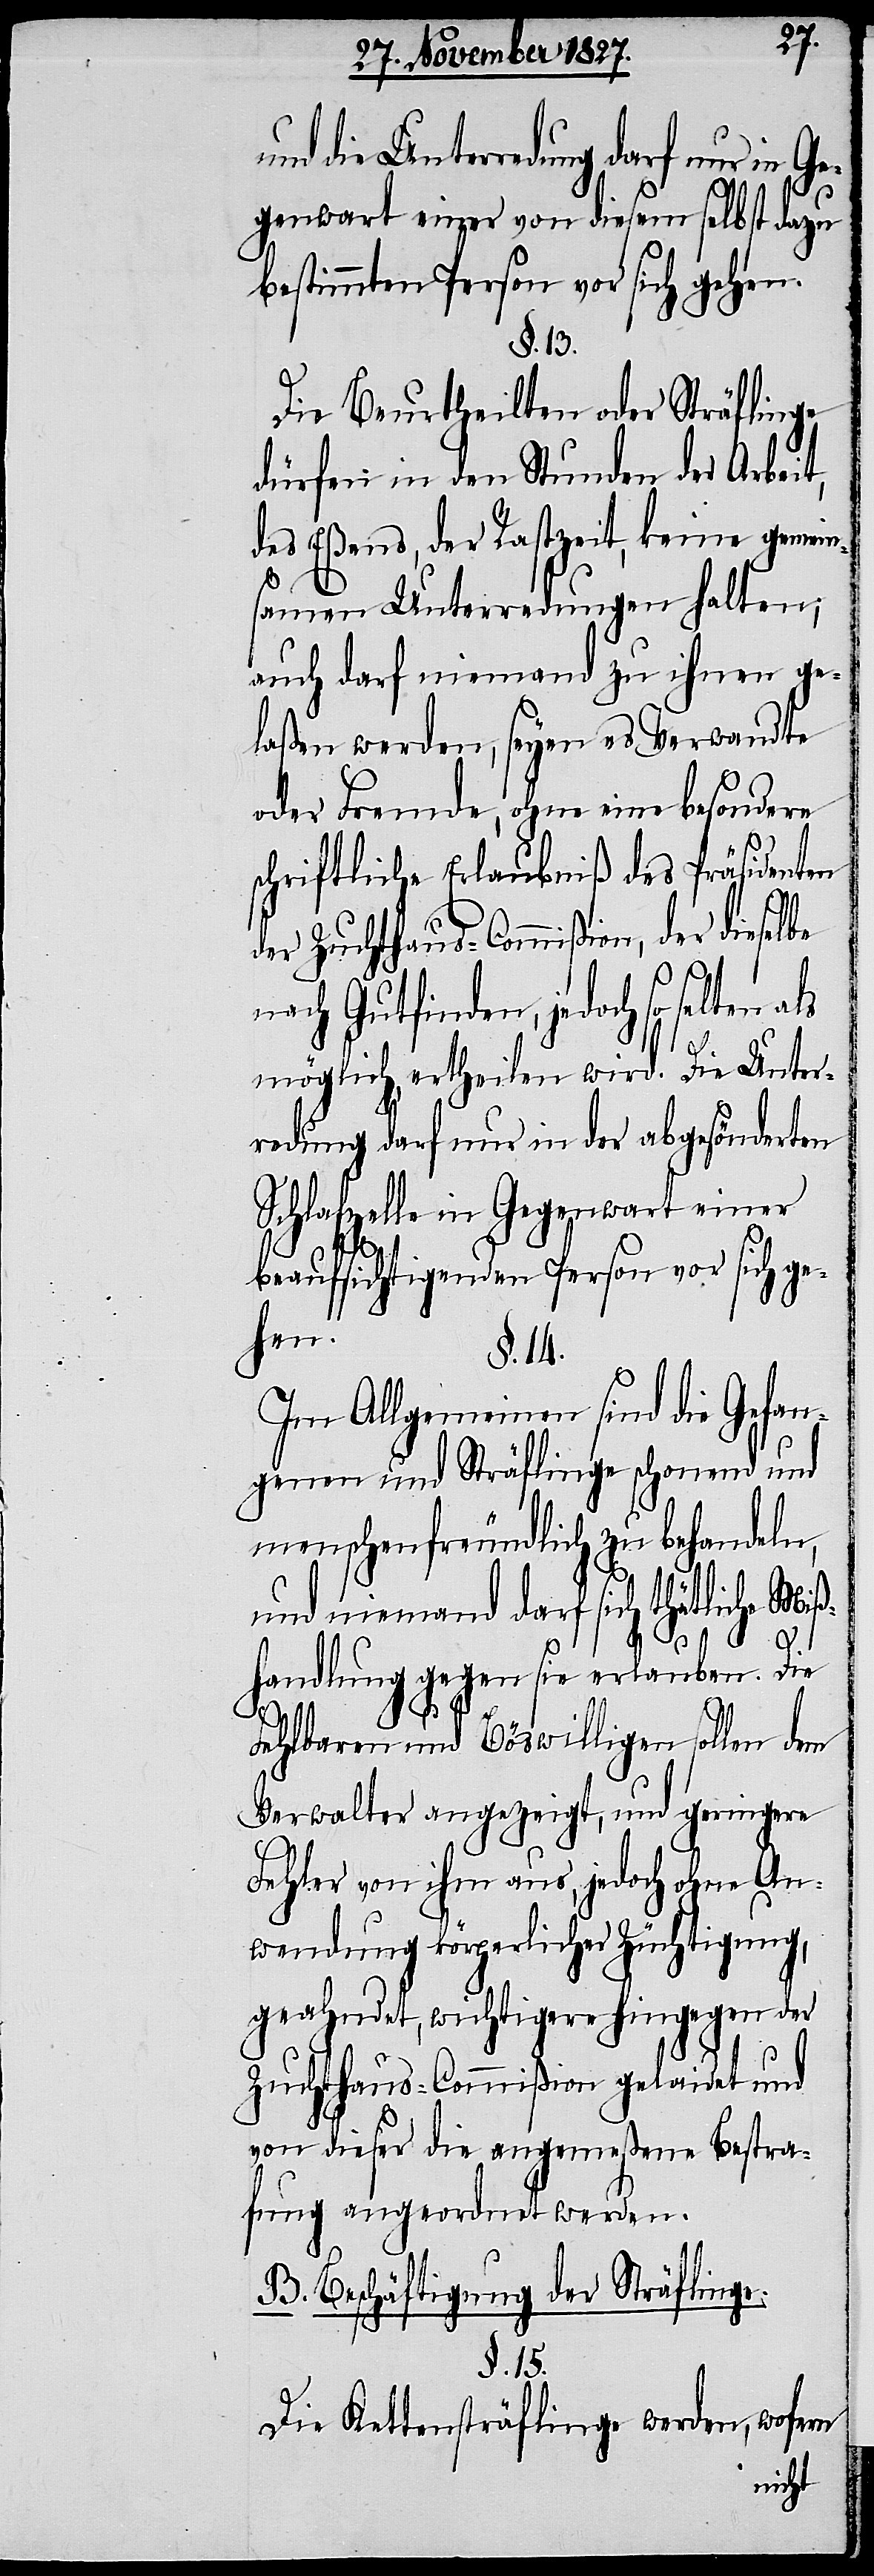
und die Unterredung darf nur
Gegenwart einer von diesem selbst dazu
bestimmten Person vor sich gehen.
§. 13.
Die Beurtheilten oder Sträflinge
dürfen in den Stunden der Arbeit,
des Eßens, der Rastzeit, keine gemein¬
samen Unterredungen halten;
auch darf niemand zu ihnen ge¬
laßen werden, seyen es Verwandte
oder Fremde, ohne eine besondere
schriftliche Erlaubniß des Präsidenten
der Zuchthaus-Commißion, der dieselbe
nach Gutfinden, jedoch so selten
möglich ertheilen wird. Die Unter¬
redung darf nur in der abgesönderten
Schlafzelle in Gegenwart einer
beaufsichtigenden Person vor sich ge¬
hen.
§. 14.
Im Allgemeinen sind die Gefan¬
genen und Sträflinge schonend und
menschenfreundlich zu behandeln,
und niemand darf sich thätliche Miß¬
handlung gegen sie erlauben. Die
Fehlbaren und Böswilligen sollen dem
Verwalter angezeigt, und geringere
Fehler von ihm aus, jedoch ohne An¬
wendung körperlicher Züchtigung,
geahndet, wichtigere hingegen der
Zuchthaus-Commißion gelaidet und
von dieser die angemeßene Bestra¬
fung angeordnet werden.
B. Beschäftigung der Sträflinge.
§. 15.
Die Kettensträflinge werden, wofern